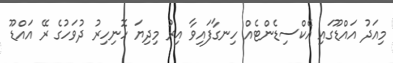
މިއަދު އައްޑޫގައި އެކްސިޑެންޓެއް ހިނގާފައިވާ އިރު މިދިޔަ ހޮނިހިރު ދުވަހުގެ ރޭ އައްޑޫ